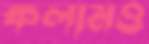
কলামও